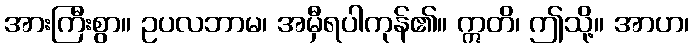
အားကြီးစွာ။ ဥပလဘာမ၊ အမှီရပါကုန်၏။ ဣတိ၊ ဤသို့။ အာဟ၊